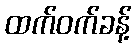
ထက်ဝက်ခန့်